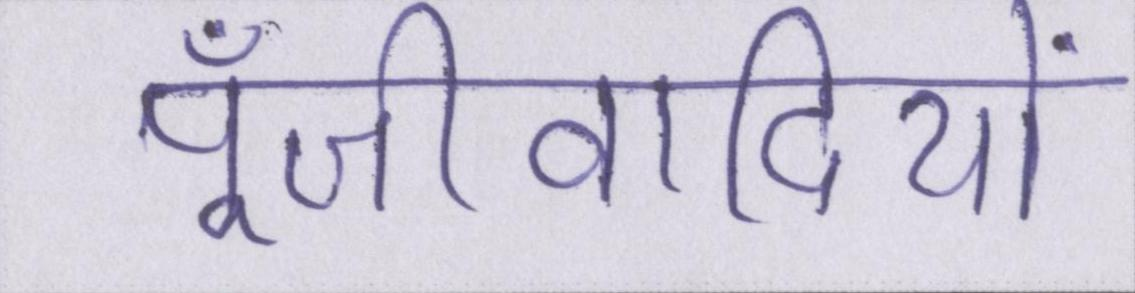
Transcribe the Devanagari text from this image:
पूँजीवादियों